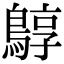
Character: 𪂎